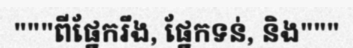
"""ពីផ្នែករឹង, ផ្នែកទន់, និង"""